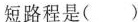
短路程是（）